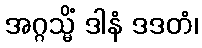
အဂ္ဂသ္မိံ ဒါနံ ဒဒတံ၊